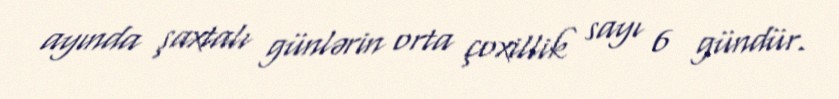
ayında şaxtalı günlərin orta çoxillik sayı 6 gündür.